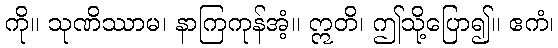
ကို။ သုဏိဿာမ၊ နာကြကုန်အံ့။ ဣတိ၊ ဤသို့ပြော၍။ ဧကံ၊